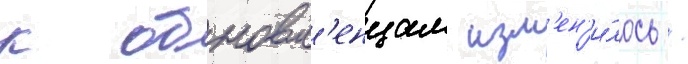
к обновл'енцам изм'ен'и́лось /